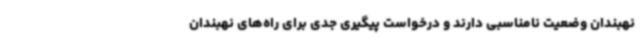
نهبندان وضعیت نامناسبی دارند و درخواست پیگیری جدی برای راه‌های نهبندان